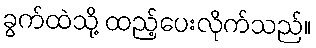
ခွက်ထဲသို့ ထည့်ပေးလိုက်သည်။